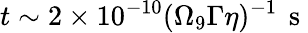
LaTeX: t\sim 2\times 10^{-10}(\Omega_{9}\Gamma\eta)^{-1}\, \mathrm{~s~}